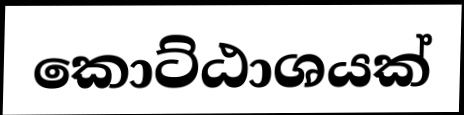
කොට්ඨාශයක්